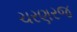
ચરણરજ